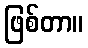
ဖြစ်တာ။